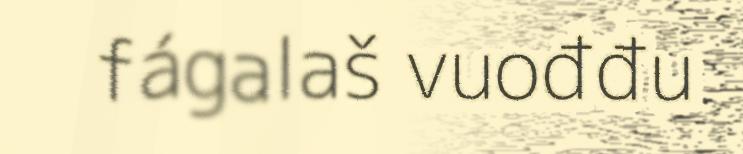
fágalaš vuođđu